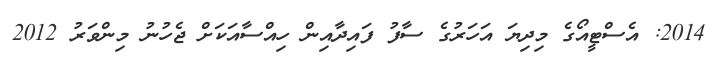
2014: އެސްޓީއޯގެ މިދިޔަ އަހަރުގެ ސާފު ފައިދާއިން ހިއްސާއަކަށް ޖެހުނު މިންވަރު 2012